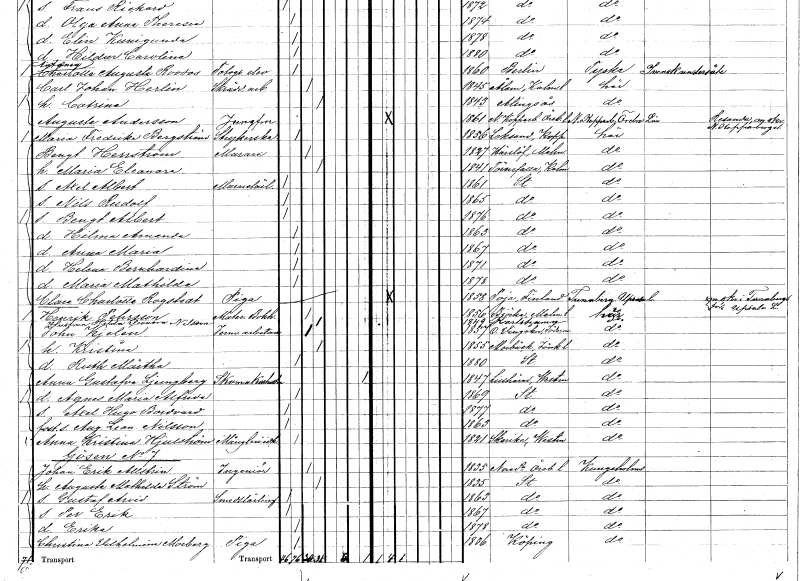
gt_parse: households: individuals: FN: Hilma Amanda
KON: K
CIV: O
FODAR: 1863
FODFORS: Stockholm
FN: Anna Maria
KON: K
CIV: O
FODAR: 1867
FODFORS: Stockholm
FN: Helena Bernhardina
KON: K
CIV: O
FODAR: 1871
FODFORS: Stockholm
FN: Maria Mathilda
KON: K
CIV: O
FODAR: 1878
FODFORS: Stockholm
FN: Clara Charlotta
EN: Rogstedt
YRKE: Piga
KON: K
CIV: O
FODAR: 1858
FN: Henrik
EN: Pehrsson
YRKE: Materialbokhållare
KON: M
CIV: G
FODAR: 1856
FODFORS: Björka Malmöhus län
FN: Hilda Eleonora
EN: Nilsson
YRKE: Hustru
KON: K
CIV: G
FODAR: 1849
FODFORS: Karlshamn Blekinge län
FN: John
EN: Kjelén
YRKE: Järnverksarbetare
KON: M
CIV: G
FODAR: 1857
FODFORS: Östra Vingåker Södermanlands län
FN: Kristina
KON: K
CIV: G
FODAR: 1855
FODFORS: Marbäck Jönköpings län
FN: Ruth Märtha
KON: K
CIV: O
FODAR: 1880
FODFORS: Stockholm
FN: Anna Gustafva
EN: Ljungberg
YRKE: Skomakarehustru
KON: K
CIV: X
FODAR: 1847
FODFORS: Lillhärad Västmanlands län
FN: Agnes Maria Alfrida
KON: K
CIV: O
FODAR: 1869
FODFORS: Stockholm
FN: Axel Hugo Bordvard
KON: M
CIV: O
FODAR: 1877
FODFORS: Stockholm
FN: August Leonard
EN: Nilsson
KON: M
CIV: O
FODAR: 1863
FODFORS: Stockholm
FN: Anna Kristina
EN: Hjulström
YRKE: Mångleriidkerska
KON: K
CIV: O
FODAR: 1821
FODFORS: Skerike Västerås Västmanlands län
FN: Johan Erik
EN: Allstrin
YRKE: Ingenjör
KON: M
CIV: G
FODAR: 1835
FODFORS: Nora stadsförsamling Örebro län
FN: Augusta Mathilda
EN: Ström
KON: K
CIV: G
FODAR: 1835
FODFORS: Stockholm
FN: Gustaf Arvid
YRKE: Smedslärling
KON: M
CIV: O
FODAR: 1863
FODFORS: Stockholm
FN: Per Erik
KON: M
CIV: O
FODAR: 1867
FODFORS: Stockholm
FN: Erika
KON: K
CIV: O
FODAR: 1878
FODFORS: Stockholm
FN: Christina Vilhelmina
EN: Morberg
YRKE: Piga
KON: K
CIV: O
FODAR: 1836